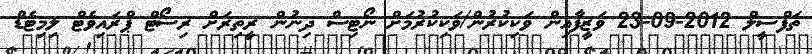
ތަފްސީލް 2012-09-23 ވަޒީފާއިން ވަކިކުރުން/ވަކިކުރުމަށް ނޯޓިސް ދިނުން ރީތިރަށް ރިސޯޓް ޕްރައިވެޓް ލިމިޓެޑް